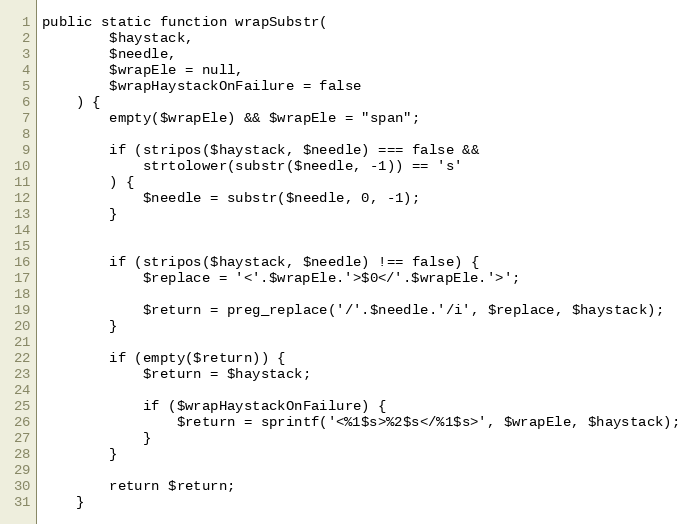
Language: PHP
public static function wrapSubstr(
        $haystack,
        $needle,
        $wrapEle = null,
        $wrapHaystackOnFailure = false
    ) {
        empty($wrapEle) && $wrapEle = "span";

        if (stripos($haystack, $needle) === false &&
            strtolower(substr($needle, -1)) == 's'
        ) {
            $needle = substr($needle, 0, -1);
        }

        if (stripos($haystack, $needle) !== false) {
            $replace = '<'.$wrapEle.'>$0</'.$wrapEle.'>';

            $return = preg_replace('/'.$needle.'/i', $replace, $haystack);
        }

        if (empty($return)) {
            $return = $haystack;

            if ($wrapHaystackOnFailure) {
                $return = sprintf('<%1$s>%2$s</%1$s>', $wrapEle, $haystack);
            }
        }

        return $return;
    }